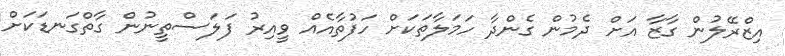
އިޒްރޭލުން ގާޒާ އަށް ދެމުން ގެންދާ ހަމަލާތަކަށް ހަފުތާއެއް ވީއިރު ފަލަސްތީނުން ގާތްގަނޑަކަށް